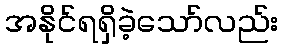
အနိုင်ရရှိခဲ့သော်လည်း